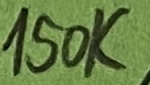
Text: 150K